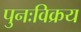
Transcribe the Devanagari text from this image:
पुनःविक्रय